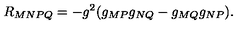
R _ { M N P Q } = - g ^ { 2 } ( g _ { M P } g _ { N Q } - g _ { M Q } g _ { N P } ) .